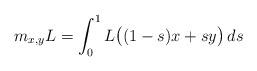
LaTeX: \begin{align*}m_{x,y}L = \int_0^1 L\big((1-s)x+s y\big)\,ds\end{align*}